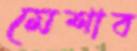
মেশাব